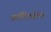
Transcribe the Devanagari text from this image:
कॉण्टिनेंटल